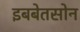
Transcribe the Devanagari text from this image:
इबबेतसोन